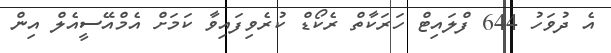
އެ ދުވަހު 644 ފްލައިޓް ހަރަކާތް ރެކޯޑް ކުރެވިފައިވާ ކަމަށް އެމްއޭސީއެލް އިން